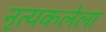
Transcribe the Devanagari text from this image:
नृत्यकलेला